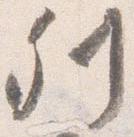
列